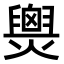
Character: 𤐫